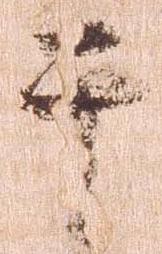
于